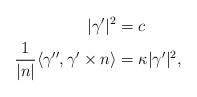
LaTeX: \begin{align*} |\gamma'|^2&=c \\ \frac{1}{|n|}\langle\gamma'',\gamma'\times n\rangle&=\kappa |\gamma'|^2,\end{align*}